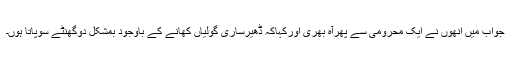
جواب میں انھوں نے ایک محرومی سے پھرآہ بھری اورکہاکہ ڈھیرساری گولیاں کھانے کے باوجود بمشکل دوگھنٹے سوپاتا ہوں۔